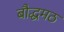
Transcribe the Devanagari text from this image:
बौद्धमठ